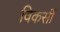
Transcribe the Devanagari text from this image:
विकसीं